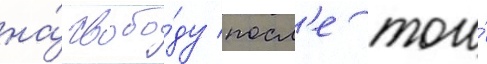
на́ свобо́ду посл'е того́